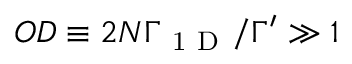
O D \equiv 2 N \Gamma _ { \mathrm { ~ 1 ~ D ~ } } / \Gamma ^ { \prime } \gg 1